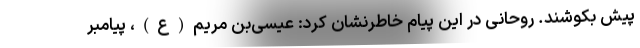
پیش بکوشند. روحانی در این پیام خاطرنشان کرد: عیسی‌بن مریم(ع)، پیامبر